system: You are a helpful assistant.
user:
Analyze the provided spectrum to determine if it is a **"Cataclysmic Variables (CV)"**.

- **Key Indicators for CV (Check for either state):**
    - **State 1: Quiescent / Low-State (Emission-Dominated)**
        - **(Primary):** Strong and *very broad* Hydrogen Balmer emission lines (e.g., $H\alpha$ at 6563 Å, $H\beta$ at 4861 Å). The 'broadness' (high velocity dispersion, often FWHM > 1000 km/s) is the key diagnostic, indicating a high-velocity accretion disk.
        - **(Secondary):** Broad neutral Helium (He I) emission lines (e.g., 5876 Å, 6678 Å).
        - **(Key Confirmation):** Presence of high-excitation *ionized* Helium (He II) emission at 4686 Å. This is a strong indicator of accretion onto a white dwarf.
        - **(Line Profile):** Emission lines may exhibit a 'double-peaked' profile, which is a classic signature of a rotating accretion disk viewed at high inclination.

    - **State 2: Outburst / High-State (Absorption-Dominated)**
        - **(Primary):** Spectrum is dominated by a bright, blue continuum (looks like a hot star).
        - **(Secondary):** The emission lines from State 1 are weak, absent, or 'filled in', and are replaced by broad, shallow *absorption* lines (primarily Balmer and He I).
        - **(Morphology):** The overall spectrum mimics a hot B/A-type star. The crucial difference is that the absorption lines are significantly broader, shallower, and more 'washed-out' (or 'smeared') than the sharp lines of a normal stellar photosphere, due to high rotational speeds and pressure broadening in the disk.

Think first, call **spectral_visualization_tool** if needed to examine features in detail, then provide your final answer. Your response must adhere to the following strict rules:
1.  **Overall Structure:** Your response must follow the format `<think>...</think> <tool_call>...</tool_call> (if a tool is used) <answer>...</answer>`.
2.  **Tool Usage Constraint:** You may only make **one** tool call per turn.
3.  **Final Answer Format:** In the `<answer>` tag, your conclusion must be inside a `\boxed{}` command (e.g., `\boxed{YES}`), followed by your justification.

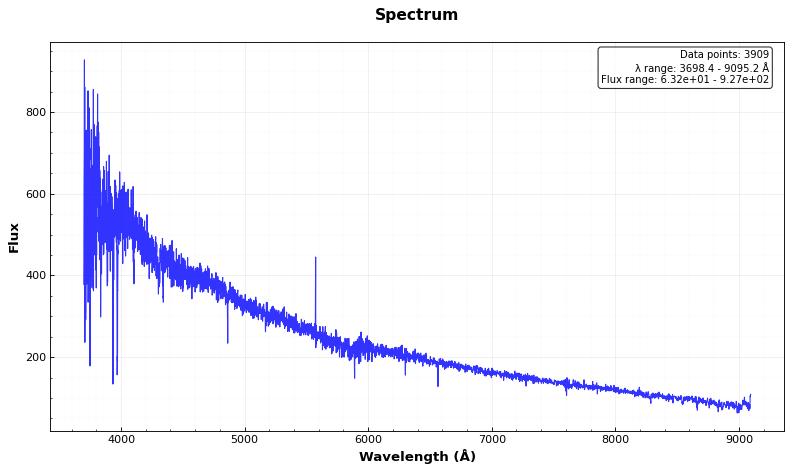
Answer: NO